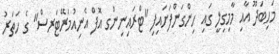
މަހިބަދޫ އާއި މާމިގިލީ ގައި ހިންގަންފަށައިފި "ޓްރައިނިންގ އޮފް އެނިއުމަރޭޓަރސް" ގެ ހަތަރު